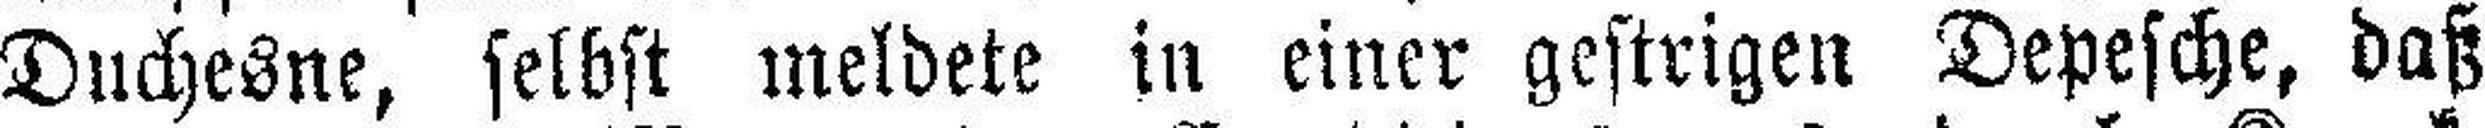
Duchesne, selbst meldete in einer gestrigen Depesche, daß